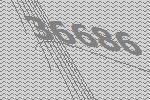
36686